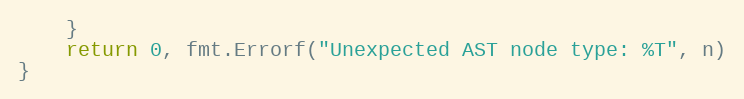
Language: Go
	}
	return 0, fmt.Errorf("Unexpected AST node type: %T", n)
}